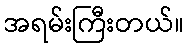
အရမ်းကြီးတယ်။